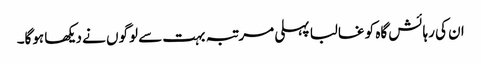
ان کی رہائش گاہ کو غالبا پہلی مرتبہ بہت سے لوگوں نے دیکھا ہوگا۔